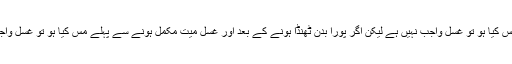
جواب ۱و۲) اگر میت کے بدن کو ٹھنڈا ہونے سے پہلے مس کیا ہو تو غسل واجب نہیں ہے لیکن اگر پورا بدن ٹھنڈا ہونے کے بعد اور غسل میت مکمل ہونے سے پہلے مس کیا ہو تو غسل واجب ہے اور غسل مس میت کے بغیر نماز صحیح نہیں ہے۔